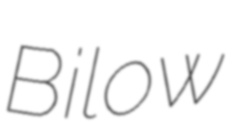
Bilow